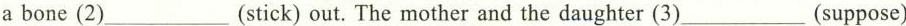
a bone (2)___ (stick) out. The mother and the daughter (3)___(suppose)